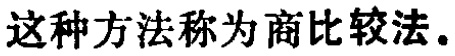
这种方法称为商比较法。